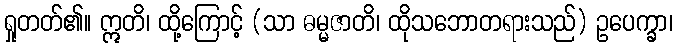
ရှုတတ်၏။ ဣတိ၊ ထို့ကြောင့် (သာ ဓမ္မဇာတိ၊ ထိုသဘောတရားသည်) ဥပေက္ခာ၊